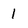
Character: 1